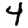
Digit: 4